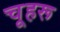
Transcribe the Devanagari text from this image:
चूहरू